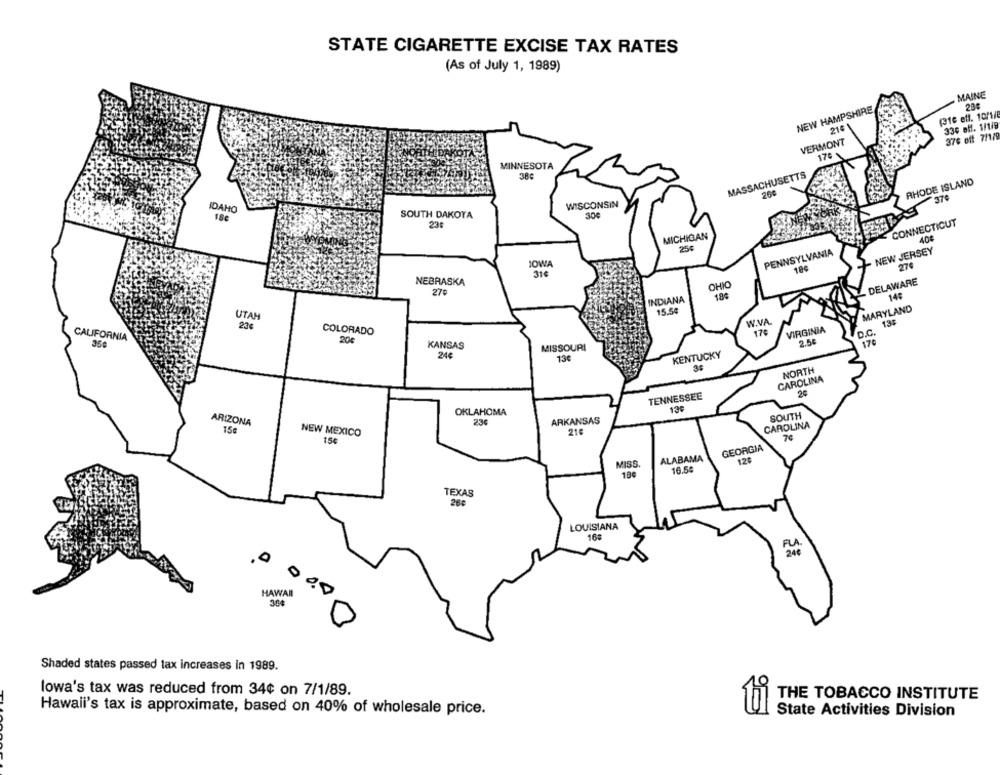
STATE CIGARETTE EXCISE TAX RATES
(As of July 1, 1989)
MAINE
NEW HAMPSHIRE
(316 eff. 10/1/
334 off. 1/1/9
214
VERMONT
376 oft 7/1/9
17:
MINNESOTA
38€
MASSACHUSETTS
RHODE ISLAND
IDAHO
WISCONSIN
18¢
SOUTH DAKOTA
23:
CONNECTICUT
MICHIGAN
400
250
NEW JERSEY
PENNSYLVANIA
JOWA
27
31€
DELAWARE
NEBRASKA
CHIO
270
18€
14:
INDIANA
15.58
MARYLAND
UTAH
23€
W.VA.
13
COLORADO
178
VIRGINIA
CALIFORNIA
20€
2.5₺
170
KANSAS
MISSOURI
24€
130
KENTUCKY
NORTH
CAROLINA
TENNESSEE
20
OKLAHOMA
130
SOUTH
ARIZONA
236
ARKANSAS
CAROLINA
15€
NEW MEXICO
21€
154
7€
GEORGIA
ALABAMA
MISS.
19
16.54
TEXAS
26c
LOUISIANA
16:
HAWAII
00
3.04
Shaded states passed lax increases in 1989.
lowa's tax was reduced from 34¢ on 7/1/89.
THE TOBACCO INSTITUTE
Hawaii's tax is approximate, based on 40% of wholesale price.
State Activities Division